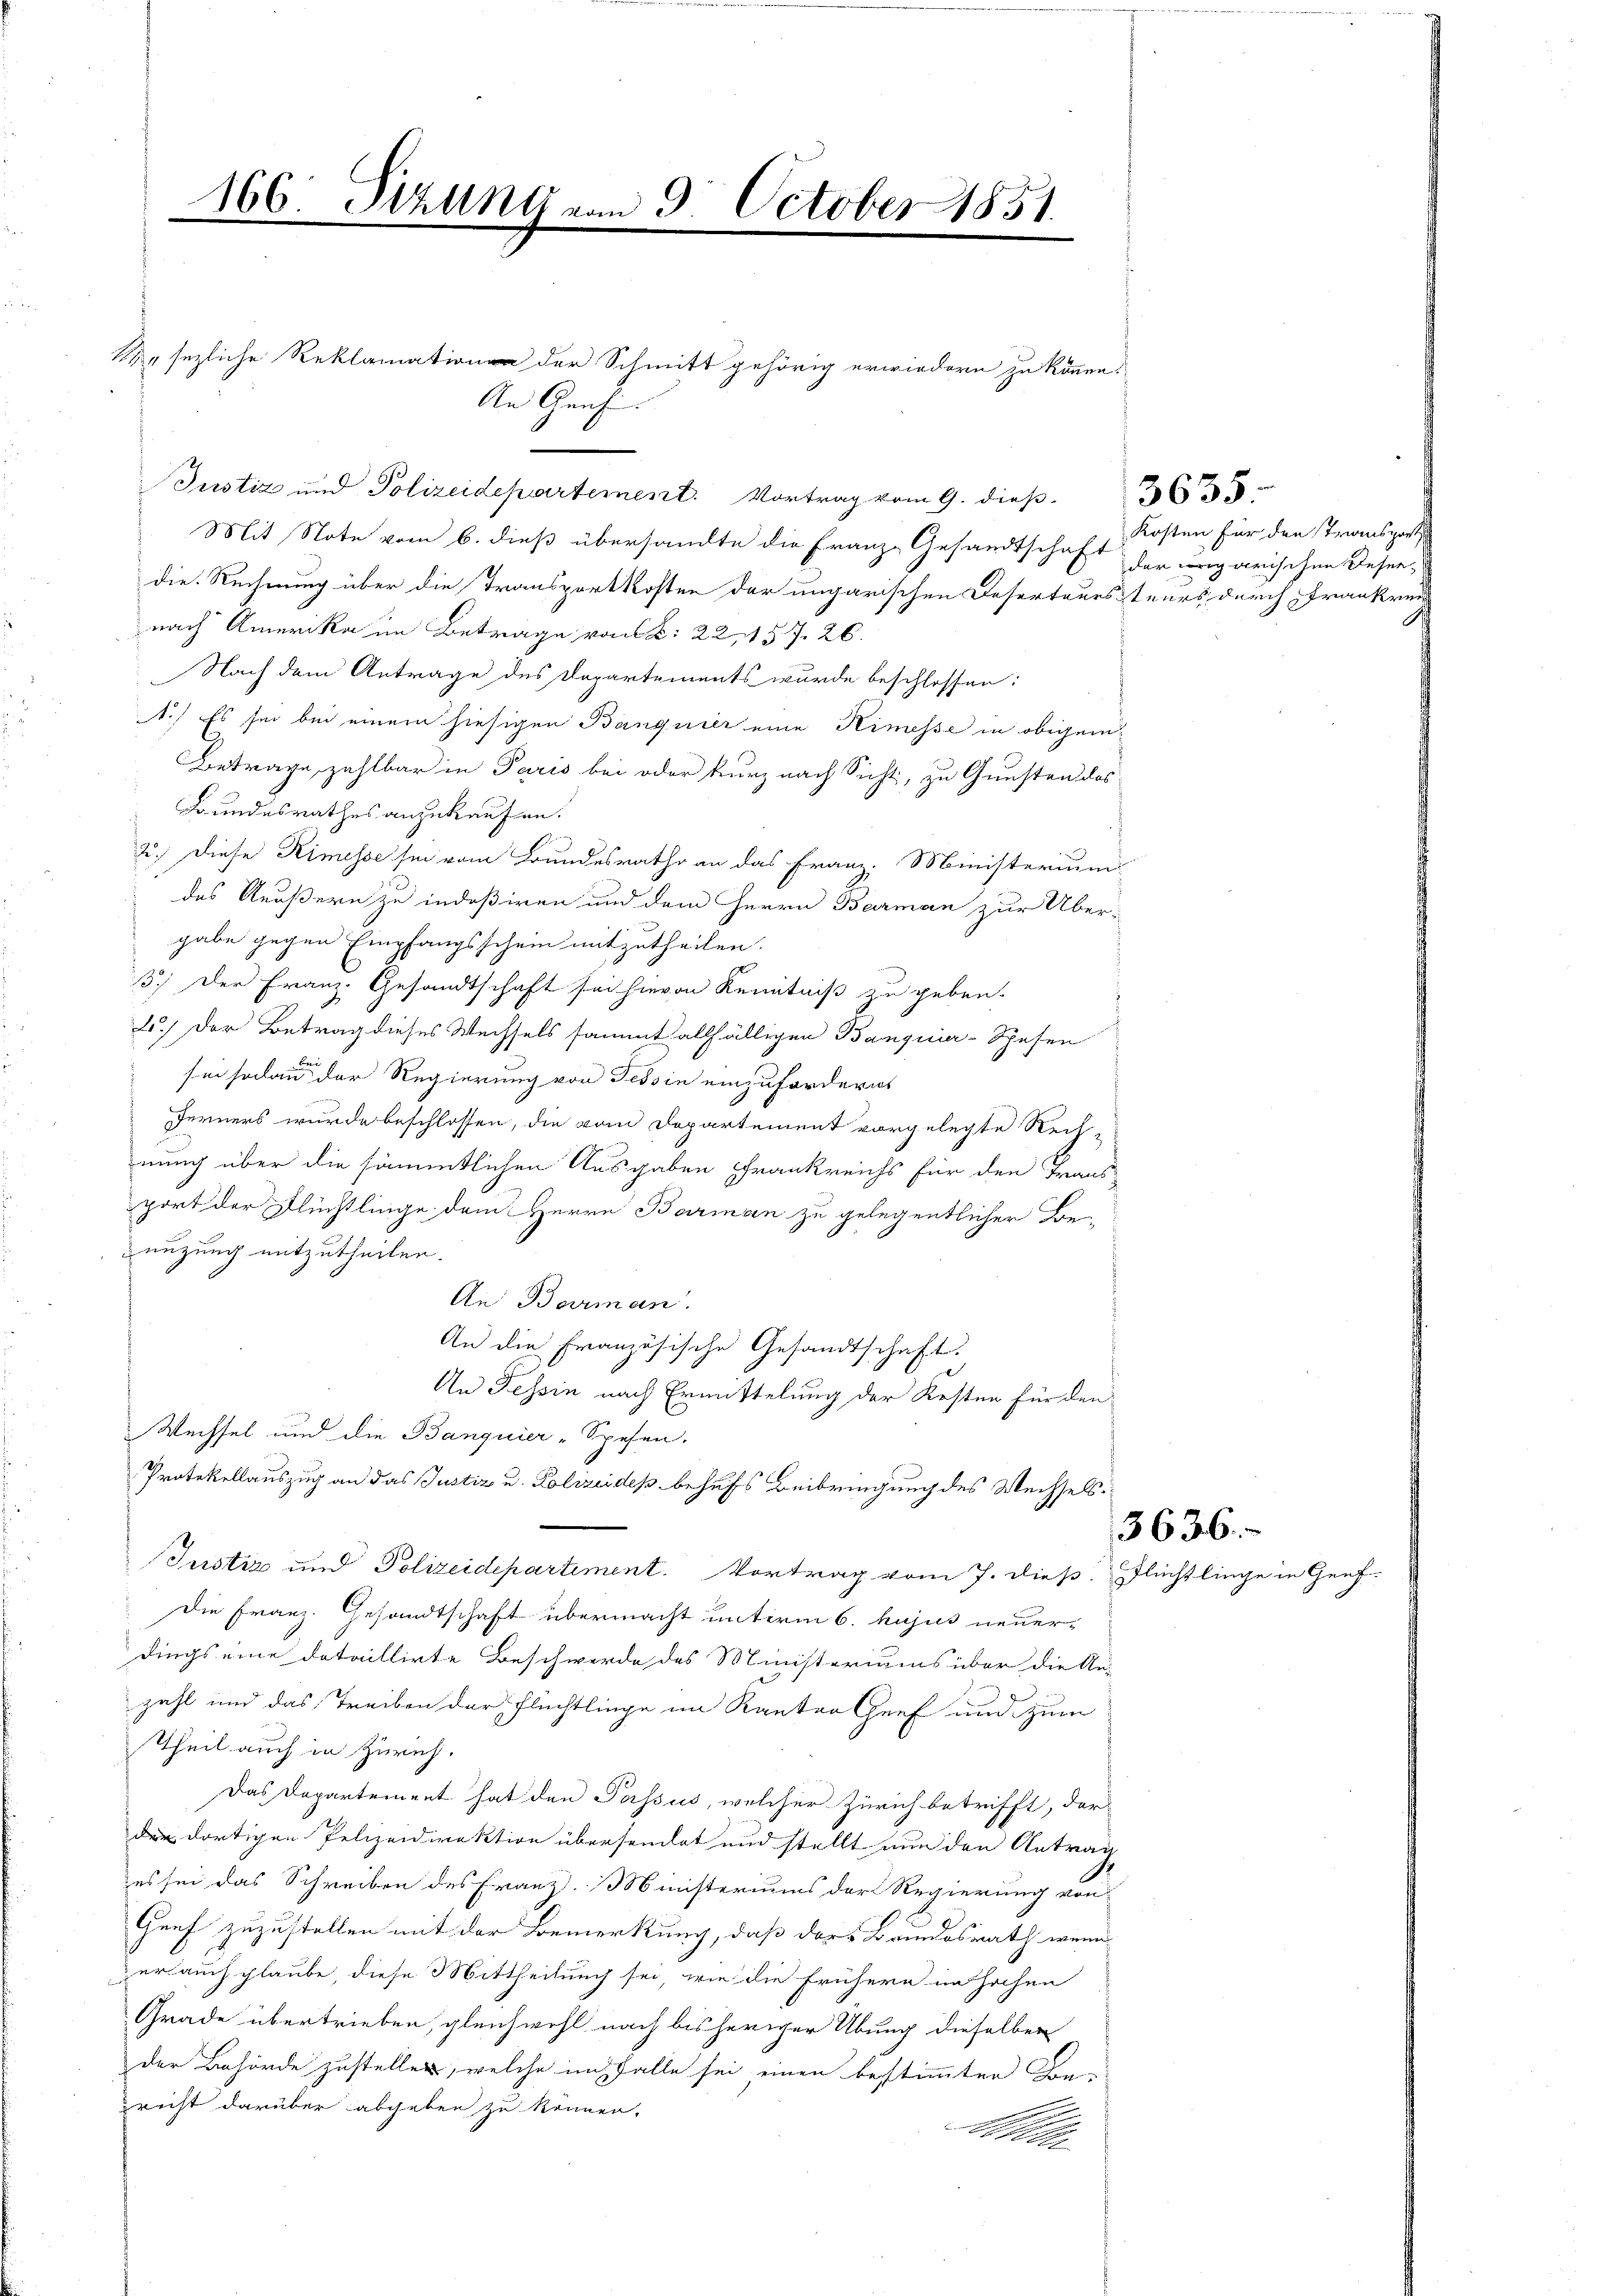
sezliche Reklamati der Schmitt gehörig erwiedern zu können.
An Genf

Justiz und Polizeidepartement. Vortrag vom 9. dieß. 33
Mit Note vom 6. dieß übersandte die Franz- Gesandtschaft
die Rechnung über die Transportkosten der ungarischen Deserteurssteurs durch Frankrei
nach Amerika im Betrage von S. 22, 157. 26.
Nach dem Antrage des Departements wurde beschlossen:
1.) Es sei bei einem hiesigen Banquier eine Kimesse in obigen¬
Betrage, zahlbar in Paris bei oder kurz nach Sicht, zu Gunsten des
Bundesrathes anzukaufen.
2.) Diese Kimesse sei vom Bundesrathe an das Franz. Ministerium
des Aeußern zu indeßiren und dem Herrn Barman zur Über-
gabe gegen Empfangsschein mitzutheilen.
3.) Der Franz. Gesandtschaft sei hievon Kenntniß zu geben.
2.) Der Betrag dieses Wechsels sammt allfälligen Banquier-Spesen
 sei sodann der Regierung von Tessin einzufordern
Ferners wurde beschlossen, die vom Departement vorgelegte Rech-
nung über die sämmtlichen Ausgaben Frankreichs für den Trans
port der Flüchtlinge dem Herrn Barman zu gelegentlicher Beeuzung mitzutheilen.
An Barman.
An die Französische Gesandtschaft.
An Tessin nach Ermittelung der Kosten für den
Wechsel und die Banquier-Spesen.
Protokollauszug an das Justiz u. Polizeides behufs Beibringung des Wechsels¬
Justiz und Polizeidepartiment. Vortrag vom 7. dieß. Flüchtlinge in Genf-
Die Franz. Gesandtschaft übermacht unterm 6. hujus neuerdings eine dataillirte Beschwerde des Ministeriums über die An-
zahl und das Treiben der Flüchtlinge im Kanton Genf und zum
Theil auch in Zürich.
Das Departement hat den Passus, welcher Zürich betrifft, der
der dortigen Polizeidirektion übersendet und stellt nun den Antrag
es sei das Schreiben des Franz Ministeriums der Regierung von
Genf zuzustellen mit der Bemerkung, daß ders Bundesrath wenn
erauch glaube, diese Mittheilung sei, wie die frühern in hochen
Grade übertrieben, gleichwohl nach bisheriger Übung dieselben
der Behörde zustellen, welche in Falle sei einen bestimmten Be-
richt darüber abgeben zu können.
Kelle

166. Stzung vom 3. October 1851.

Kosten für den Transports
der ungarischen Deser,

3636.